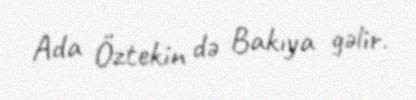
Ada Öztekin də Bakıya gəlir.